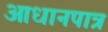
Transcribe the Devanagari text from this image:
आधानपात्र